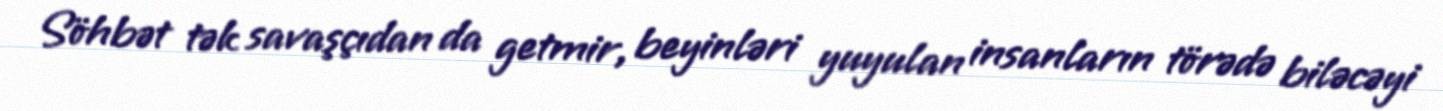
Söhbət tək savaşçıdan da getmir, beyinləri yuyulan insanların törədə biləcəyi